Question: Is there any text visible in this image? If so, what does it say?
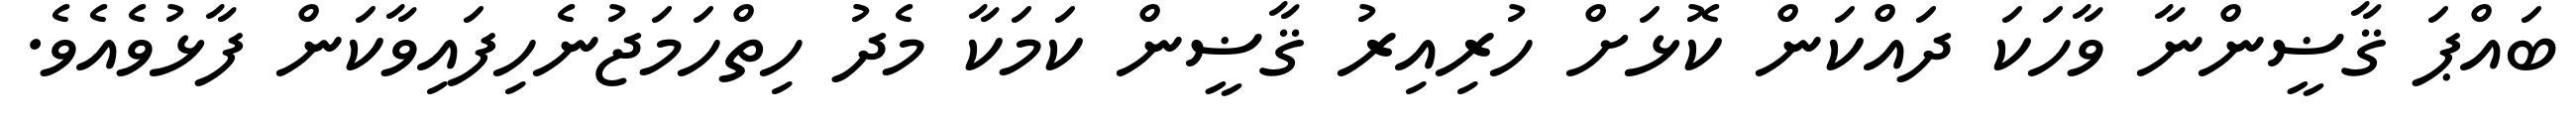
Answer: ބައްޕަ ޤާޟީންނާ ވާހަކަ ދައްކަން ކޮޅަށް ހުރިއިރު ޤާޟީން ކަމަކާ މެދު ހިތްހަމަޖުނެހިފައިވާކަން ފާޅުވެއެވެ.